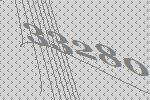
33280